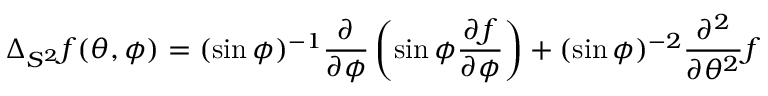
\Delta _ { S ^ { 2 } } f ( \theta , \phi ) = ( \sin \phi ) ^ { - 1 } { \frac { \partial } { \partial \phi } } \left( \sin \phi { \frac { \partial f } { \partial \phi } } \right) + ( \sin \phi ) ^ { - 2 } { \frac { \partial ^ { 2 } } { \partial \theta ^ { 2 } } } f